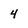
Character: 4